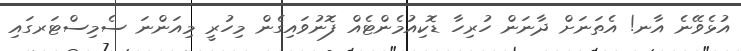
އުޅެވޭނެ އާނ! އެތަނަށް ދާނަން ހުރިހާ ޑޮކިއުމެންޓެއް ފޮނުވައިގެން މިހުރީ މިއަންނަ ސެމިސްޓަރގައި